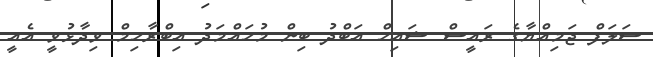
ސަލަފް ޖަމިއްޔާގެ ރައީސް ޝައިހް އަބްދު ބިން މުހައްމަދު އިބްރާހިމް ވިދާޅުވީ އެއީ